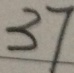
3 7